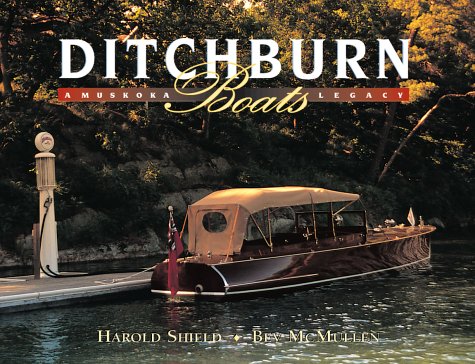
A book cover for Ditchburn Boats: A Muskoka Legacy; Harold Shield; Arts & Photography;